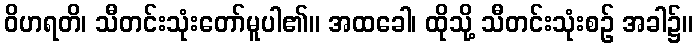
ဝိဟရတိ၊ သီတင်းသုံးတော်မူပါ၏။ အထခေါ၊ ထိုသို့ သီတင်းသုံးစဉ် အခါ၌။